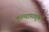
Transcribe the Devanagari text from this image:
कल्याणयुक्त